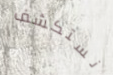
نستكشف